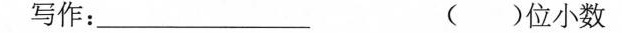
写作：___ ()位小数